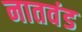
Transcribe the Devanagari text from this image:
नातवंड